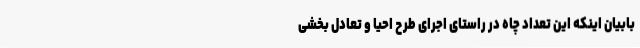
بابیان اینکه این تعداد چاه‌ در راستای اجرای طرح احیا و تعادل بخشی